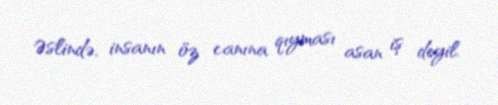
Əslində, insanın öz canına qıyması asan iş deyil.